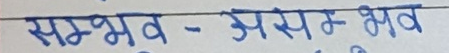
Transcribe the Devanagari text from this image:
सम्भब - असम्भब